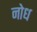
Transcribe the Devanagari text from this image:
नोध